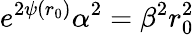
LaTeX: e^{2\psi(r_{0})}\alpha^{2}=\beta^{2}r_{0}^{2}